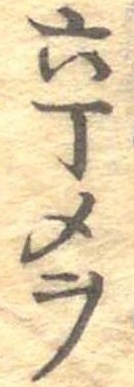
六丁メヲ